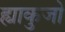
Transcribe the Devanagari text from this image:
ह्याकुजो